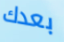
بعدك